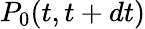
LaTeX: P_{0}(t,t+dt)